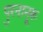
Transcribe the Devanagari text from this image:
पुरनानूरू